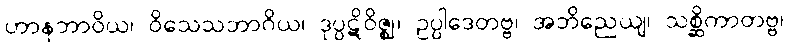
ဟာနဘာဝိယ၊ ဝိသေသဘာဂိယ၊ ဒုပ္ပဋိဝိဇ္ဈ၊ ဥပ္ပါဒေတဗ္ဗ၊ အဘိညေယျ၊ သစ္ဆိကာတဗ္ဗ၊